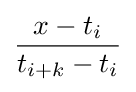
{\frac {x-t_{i}}{t_{i+k}-t_{i}}}